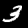
Label: 3